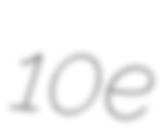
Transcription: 10e